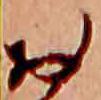
お